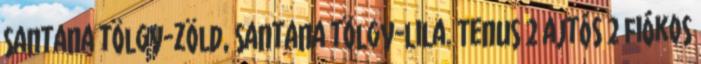
santana tölgy-zöld, santana tölgy-lila. Tenus 2 ajtós 2 fiókos